Statistical return of the lunatic asylum in Assam - 1912-1932
Year: 1912
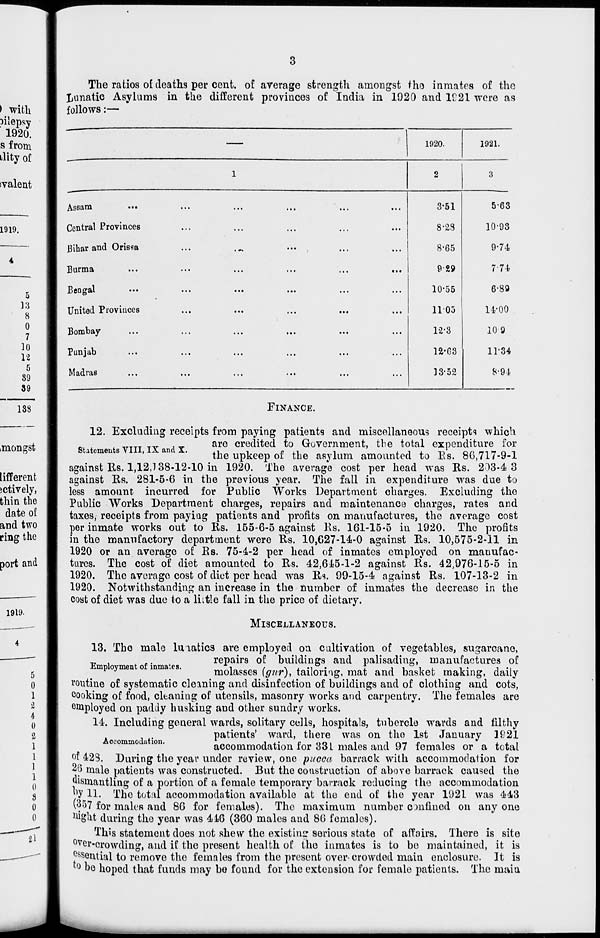
The ratios of deaths per cent, of average strength amongst tho inmates of the
Ijunatic Asylums in the different provinces of India in 1920 and 1C21 were as
follows:—
Assam
•••
Central Provinces
Bihar and Orisea
Burma
Bengal
United Provinces
Bombay
Punjab
Madras
3-51
8-23
8-65
9&9
10-55
1105
12-3
12-63
13-52
5-63
10-98
9-74
7-74
6-89
14-00
109
11*34
8-94
FINANCE.
12. Excluding receipts from paying patients and miscellaneous receipts which
are credited to Government, the total expenditure for
a emeu s
,
^e upkeep of the asylum amounted to Rs. 86,717-9-1
against Us. 1,12,138-12-10 in 1920. The average cost per head was Us. 2.13-4 3
against Rs. 281-5-6 in the previous year. The fall in expenditure was due to
less amount, incurred for Public Works Department charges. Excluding the
Public Works Department charges, repairs and maintenance charges, rates and
taxes, receipts from payiag patients and profits on manufactures, the average cost
per inmate works out to Rs. 155-6-5 against Ks. 161-15-5 in 1920. The profits
in the manufactory department were Ks. 10,027-14-0 against Ks. 10,575-2-11 in
1920 or an average of Ks. 75-4-2 per head of inmates employed on manufac-
tures. The cost of diet amounted to Ks. 42,645-1-2 against Ks. 42,976-15-5 in
1920. The average cost of diet per head was Ks. 99-15-4 against Rs. 107-13-2 in
1920. Notwithstanding an increase in the number of inmates the decrease in the
cost of diet was due to a liitle fall in the price of dietary.
MISCELLANEOUS.
13. The male lunatics are employed on cultivation of vegetables, sugarcane,
_. ,
,.
repairs of buildings and palisading, manufactures of
Employment of inmates.
*■•
,
\ j«i •
i
j i_ i L
I •
J •■
1 J
molasses \gttr), tailoring, mat and basket making, daily
routine of systematic cleaning and disinfection of buildings and of clothing and cots,
cooking of food, cleaning of utensils, masonry works and carpentry. The females are
employed on paddy husking and other sundry works.
14. Including general wards, solitary cells, hospitals, tubercle wards and filthy
patients' ward, there was on the 1st January 1921
accommodation for 331 males and 97 females or a total
°f 42S. During the year under review, one pucca barrack with accommodation for
26 male patients was constructed. But the construction of above barrack caused the
dismantling of a portion of a female temporary barrack reducing the accommodation
"y 11. The total accommodation available at the end of the year 1921 was 443
(357 for males and 80 for females). The maximum number c mfined on anyone
^ght during the year was 440 (360 males and 86 females).
This statement does not shew the existing serious state of affairs. There is site
over-crowding, and if the present health of the inmates is to bo maintained, it is
essential to remove the females from the present overcrowded main enclosure. It is
to bo hoped that funds may bo found for the extension for female patients. The niaia